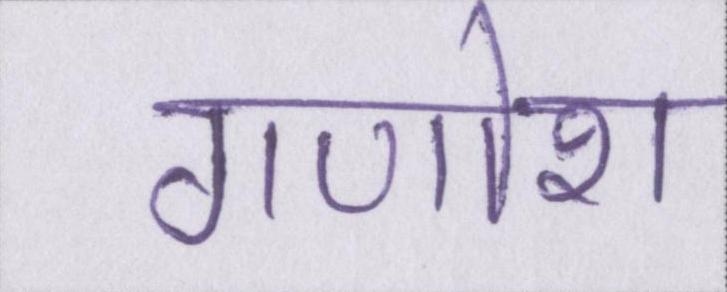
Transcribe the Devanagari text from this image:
गणोश